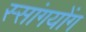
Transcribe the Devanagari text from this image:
स्सांगयोंग